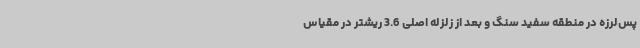
پس‌لرزه‌ در منطقه سفید سنگ و بعد از زلزله اصلی 3.6 ریشتر در مقیاس